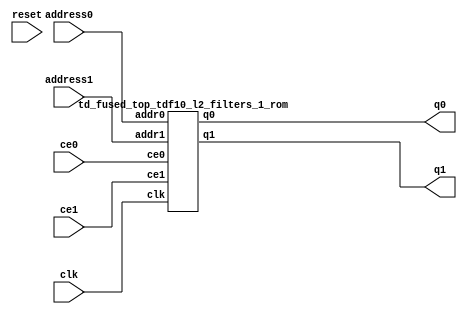
`define EXPONENT 5
`define MANTISSA 10
`define ACTUAL_MANTISSA 11
`define EXPONENT_LSB 10
`define EXPONENT_MSB 14
`define MANTISSA_LSB 0
`define MANTISSA_MSB 9
`define MANTISSA_MUL_SPLIT_LSB 3
`define MANTISSA_MUL_SPLIT_MSB 9
`define SIGN 1
`define SIGN_LOC 15
`define DWIDTH (`SIGN+`EXPONENT+`MANTISSA)
`define IEEE_COMPLIANCE 1

module td_fused_top_tdf10_l2_filters_1(
    reset,
    clk,
    address0,
    ce0,
    q0,
    address1,
    ce1,
    q1);

parameter DataWidth = 32'd16;
parameter AddressRange = 32'd16384;
parameter AddressWidth = 32'd14;
input reset;
input clk;
input[AddressWidth - 1:0] address0;
input ce0;
output[DataWidth - 1:0] q0;
input[AddressWidth - 1:0] address1;
input ce1;
output[DataWidth - 1:0] q1;



td_fused_top_tdf10_l2_filters_1_rom td_fused_top_tdf10_l2_filters_1_rom_U(
    .clk( clk ),
    .addr0( address0 ),
    .ce0( ce0 ),
    .q0( q0 ),
    .addr1( address1 ),
    .ce1( ce1 ),
    .q1( q1 )
);

endmodule
  module td_fused_top_tdf10_l2_filters_1_rom (
addr0, ce0, q0, addr1, ce1, q1, clk);

parameter DWIDTH = 16;
parameter AWIDTH = 14;
parameter MEM_SIZE = 16384;

input[AWIDTH-1:0] addr0;
input ce0;
output reg[DWIDTH-1:0] q0;
input[AWIDTH-1:0] addr1;
input ce1;
output reg[DWIDTH-1:0] q1;
input clk;

 reg [DWIDTH-1:0] ram[MEM_SIZE-1:0];

//initial begin
//    $readmemh("./td_fused_top_tdf10_l2_filters_1_rom.dat", ram);
//end



always @(posedge clk)  
begin 
    if (ce0) 
    begin
        q0 <= ram[addr0];
    end
end



always @(posedge clk)  
begin 
    if (ce1) 
    begin
        q1 <= ram[addr1];
    end
end



endmodule